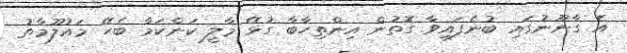
އެ ގާނޫނުގައި ބުނެފައިވާ ގޮތުން އިންތިހާބާ ގުޅޭ މާލީ ކަންކަމާ ބެހޭ މައުލޫމާތު